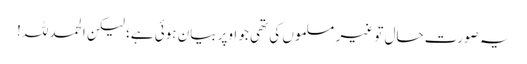
یہ صورتِ حال تو غیر مسلموں کی تھی جو اوپر بیان ہوئی ہے؛ لیکن الحمد للہ!